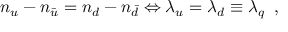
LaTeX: n _ { u } - n _ { \bar { u } } = n _ { d } - n _ { \bar { d } } \Leftrightarrow \lambda _ { u } = \lambda _ { d } \equiv \lambda _ { q } \; \; ,